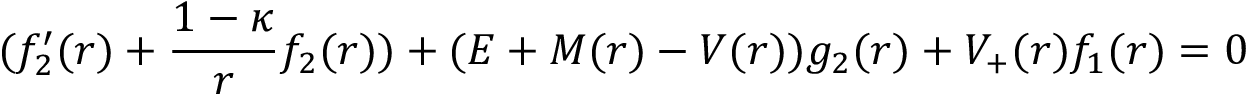
( f _ { 2 } ^ { \prime } ( r ) + \frac { 1 - \kappa } { r } f _ { 2 } ( r ) ) + ( E + M ( r ) - V ( r ) ) g _ { 2 } ( r ) + V _ { + } ( r ) f _ { 1 } ( r ) = 0